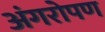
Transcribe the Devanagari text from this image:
अंगरोपण